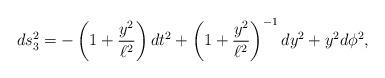
LaTeX: \begin{align*}ds^2_3 = - \left(1 + \frac{y^2}{\ell^2} \right) dt^2 + \left(1 + \frac{y^2}{\ell^2} \right)^{-1} dy^2 + y^2 d\phi^2,\end{align*}